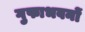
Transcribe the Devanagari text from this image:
गुफाभवनों